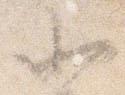
北